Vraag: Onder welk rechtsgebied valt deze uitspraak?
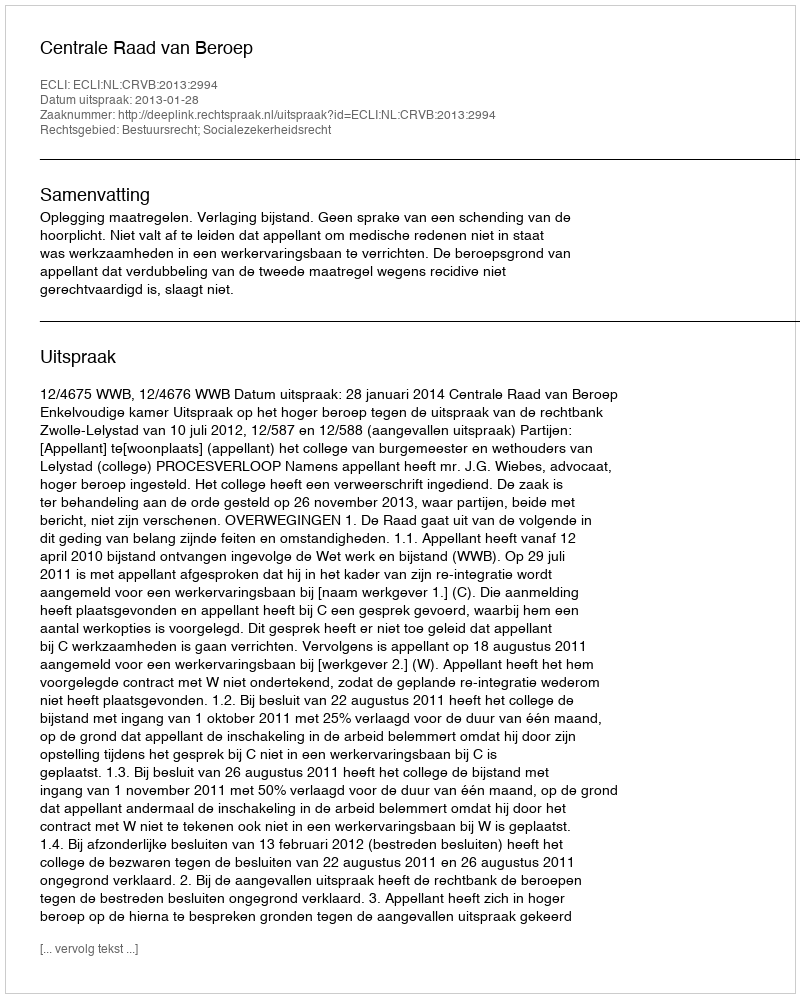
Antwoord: Bestuursrecht; Socialezekerheidsrecht